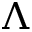
\Lambda